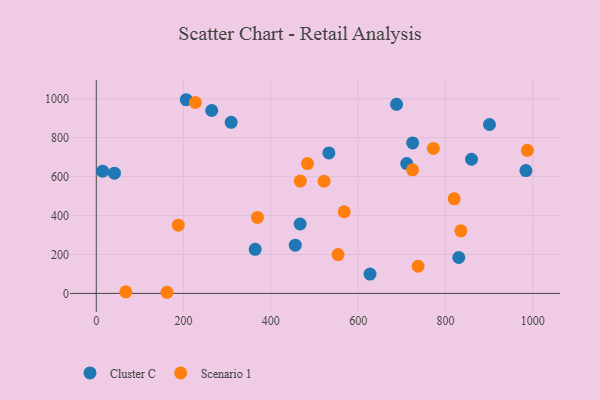
{"axis": {"x": "Distance", "y": "Salary"}, "legend": ["Cluster C", "Scenario 1"], "data": [{"x": "206.2", "y": 994.8, "type": "Cluster C"}, {"x": "724.9", "y": 772.9, "type": "Cluster C"}, {"x": "984.4", "y": 630.8, "type": "Cluster C"}, {"x": "900.9", "y": 867.5, "type": "Cluster C"}, {"x": "14.6", "y": 627.7, "type": "Cluster C"}, {"x": "711.3", "y": 667.1, "type": "Cluster C"}, {"x": "309.1", "y": 878.8, "type": "Cluster C"}, {"x": "627.2", "y": 99.3, "type": "Cluster C"}, {"x": "364.1", "y": 226.2, "type": "Cluster C"}, {"x": "859.7", "y": 689.0, "type": "Cluster C"}, {"x": "41.7", "y": 617.7, "type": "Cluster C"}, {"x": "830.5", "y": 184.3, "type": "Cluster C"}, {"x": "456.0", "y": 247.8, "type": "Cluster C"}, {"x": "533.0", "y": 721.3, "type": "Cluster C"}, {"x": "688.0", "y": 971.1, "type": "Cluster C"}, {"x": "467.1", "y": 356.5, "type": "Cluster C"}, {"x": "264.5", "y": 939.5, "type": "Cluster C"}, {"x": "820.0", "y": 486.0, "type": "Scenario 1"}, {"x": "724.6", "y": 635.0, "type": "Scenario 1"}, {"x": "568.1", "y": 419.3, "type": "Scenario 1"}, {"x": "772.3", "y": 744.7, "type": "Scenario 1"}, {"x": "737.3", "y": 139.5, "type": "Scenario 1"}, {"x": "554.0", "y": 199.5, "type": "Scenario 1"}, {"x": "369.3", "y": 390.4, "type": "Scenario 1"}, {"x": "187.9", "y": 350.4, "type": "Scenario 1"}, {"x": "162.0", "y": 5.8, "type": "Scenario 1"}, {"x": "987.7", "y": 734.8, "type": "Scenario 1"}, {"x": "467.4", "y": 577.2, "type": "Scenario 1"}, {"x": "835.4", "y": 321.6, "type": "Scenario 1"}, {"x": "522.1", "y": 576.1, "type": "Scenario 1"}, {"x": "67.7", "y": 7.9, "type": "Scenario 1"}, {"x": "483.9", "y": 667.1, "type": "Scenario 1"}, {"x": "227.1", "y": 980.6, "type": "Scenario 1"}]}